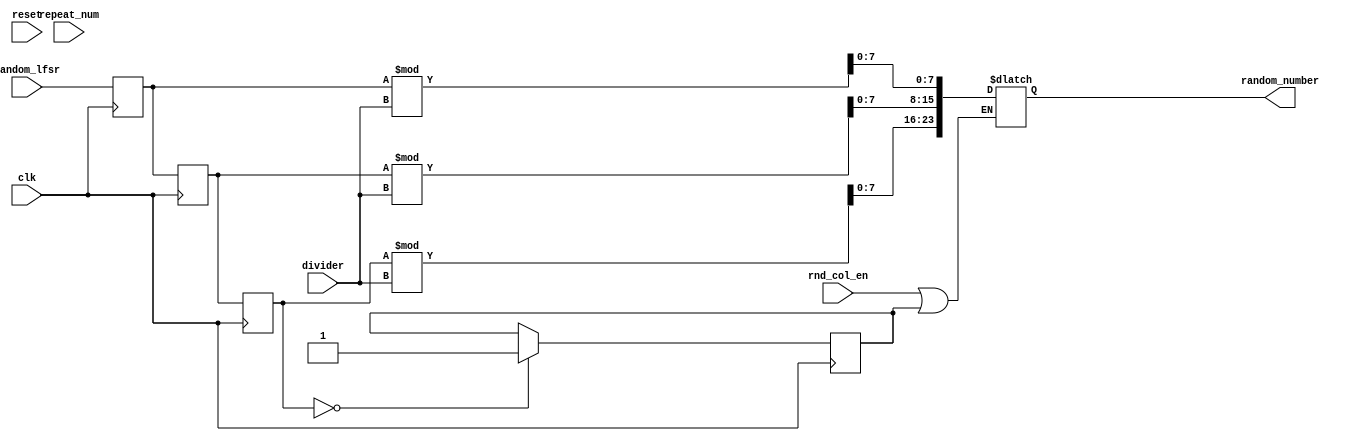
`timescale 1ns / 1ps
//////////////////////////////////////////////////////////////////////////////////
// Company: 
// Engineer: 
// 
// Design Name: 
// Module Name: random
// Project Name: 
// Target Devices: 
// Tool Versions: 
// Description: 
// 
// Dependencies: 
// 
// Revision:
// Revision 0.01 - File Created
// Additional Comments:
// 
//////////////////////////////////////////////////////////////////////////////////


module random #(parameter WIDTH = 23, AMOUNT = 7, DIV = 6) (
 input wire clk,
 input wire reset,
 input wire rnd_col_en,
 input wire [DIV:0] divider,
 input wire repeat_num,
 input wire [12:0] random_lfsr,
 output reg [WIDTH:0] random_number
    );
        
  reg [12:0] rnd1=0, rnd2=0, rnd3=0, rnd4=0, rnd5=0, rnd6=0;    
  reg enable; 
//  wire [12:0] random_lfsr;
        
//  LFSR random_LFSR(
//    .clock(clk),
//    .reset(reset),
//    .rnd(random_lfsr) 
//    );      
    
  always @(posedge clk) begin
  rnd1 <= random_lfsr;
  rnd2 <= rnd1;
  rnd3 <= rnd2;
  
  if(!rnd3) enable=1;
  end  
       
        
  always @* begin
  if(rnd_col_en | enable) begin
     random_number[AMOUNT : 0] = rnd1 % divider;
     random_number[(AMOUNT*2+1) : (AMOUNT+1)] = rnd2 % divider;
     random_number[(AMOUNT*3+2) : (AMOUNT*2+2)] = rnd3 % divider;
     
//     if(!repeat_num) begin
//         while(random_number[AMOUNT : 0] == random_number[(AMOUNT*2+1) : (AMOUNT+1)])
//         random_number[(AMOUNT*2+1) : (AMOUNT+1)] = random_lfsr % divider;
//         while(random_number[(AMOUNT*3+2) : (AMOUNT*2+2)] == random_number[(AMOUNT*2+1) : (AMOUNT+1)])
//         random_number[(AMOUNT*3+2) : (AMOUNT*2+2)] = random_lfsr % divider;
//         while(random_number[AMOUNT : 0] == random_number[(AMOUNT*3+2) : (AMOUNT*2+2)])
//         random_number[(AMOUNT*3+2) : (AMOUNT*2+2)] = random_lfsr % divider;
//     end
  end      
  end      
    
endmodule